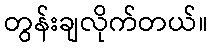
တွန်းချလိုက်တယ်။